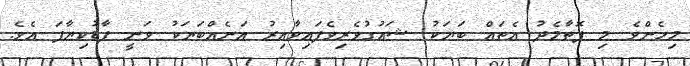
މިހެންވެ މި ފޮތާމެދު އެތައް ބަޔަކު ޝައުގުވެރިވެފައިވާއިރު އަނެއްބަޔަކު ވަނީ ފާޑުކިޔާފަ އެވެ.